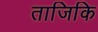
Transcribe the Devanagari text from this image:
ताजिकि